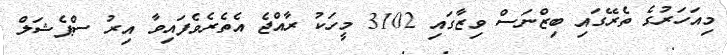
މިއަހަރުގެ ތެރޭގައި ބިޒްނަސް ވިޒާގައި 3102 މީހަކު ރާއްޖެ އެެތެރެވެފައިވާ އިރު ސްޕެޝަލް